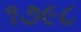
૧૭૯૮